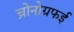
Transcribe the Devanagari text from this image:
च्रोनोग्रफई